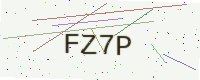
Text: FZ7P